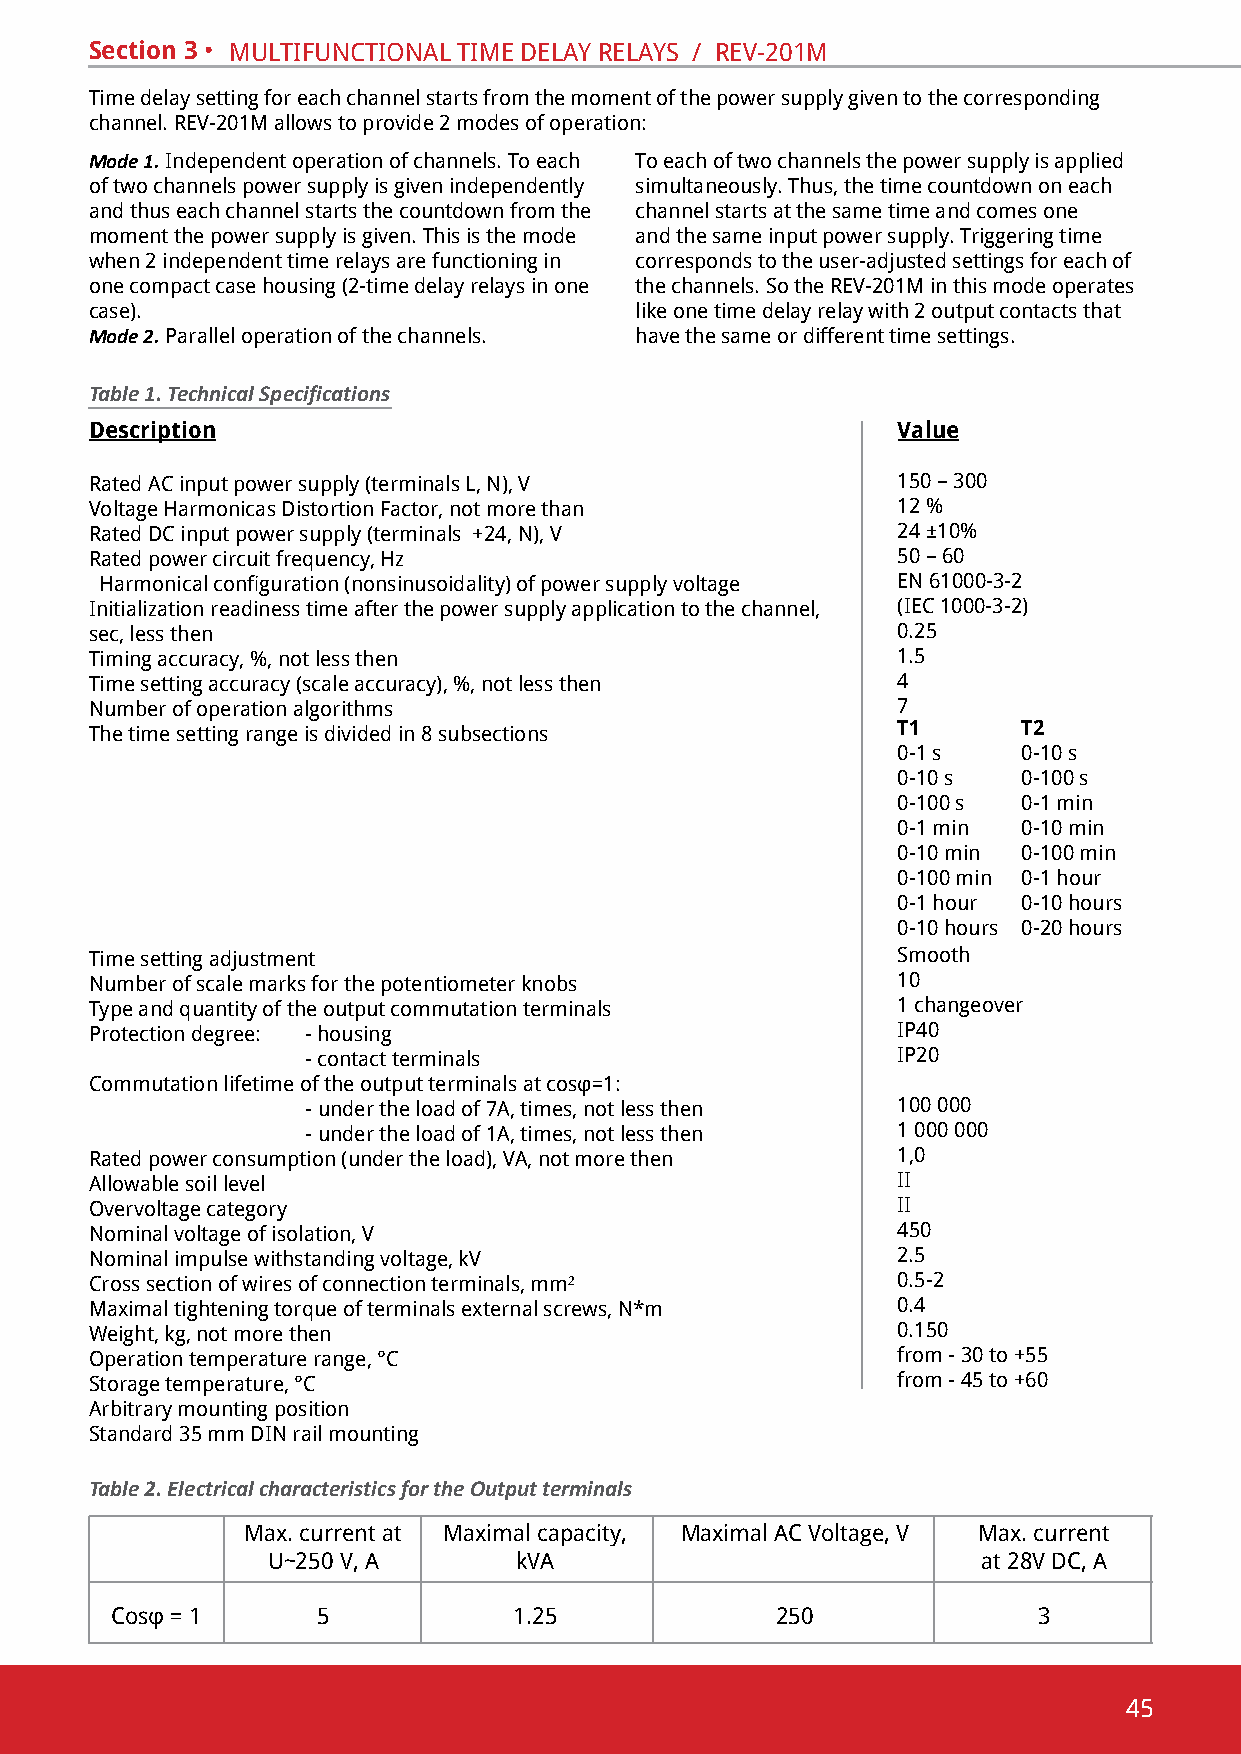
Section 3 • multifunctional time delaY RelaYs / Rev-201m
 time delay setting for each channel starts from the moment of the power supply given to the corresponding
 channel. Rev-201m allows to provide 2 modes of operation:
 Mode 1. independent operation of channels. to each to each of two channels the power supply is applied
 of two channels power supply is given independently simultaneously. thus, the time countdown on each
 and thus each channel starts the countdown from the channel starts at the same time and comes one
 moment the power supply is given. this is the mode and the same input power supply. triggering time
 when 2 independent time relays are functioning in corresponds to the user-adjusted settings for each of
 one compact case housing (2-time delay relays in one the channels. so the Rev-201m in this mode operates
 case).                              like one time delay relay with 2 output contacts that
 Mode 2. parallel operation of the channels. have the same or different time settings.
 Table 1. Technical Specifications
 Description                                          Value
 Rated ac input power supply (terminals l, n), v      150 – 300
 voltage harmonicas distortion factor, not more than  12 %
 Rated dc input power supply (terminals +24, n), v    24 ±10%
 Rated power circuit frequency, hz                    50 – 60
 Harmonical configuration (nonsinusoidality) of power supply voltage en 61000-3-2
 initialization readiness time after the power supply application to the channel, (iec 1000-3-2)
 sec, less then                                       0.25
 timing accuracy, %, not less then                    1.5
 time setting accuracy (scale accuracy), %, not less then 4
 number of operation algorithms                       7
 the time setting range is divided in 8 subsections   T1       T2
 0-1 s    0-10 s
 0-10 s   0-100 s
 0-100 s  0-1 min
 0-1 min  0-10 min
 0-10 min 0-100 min
 0-100 min 0-1 hour
 0-1 hour 0-10 hours
 0-10 hours 0-20 hours
 time setting adjustment                              smooth
 number of scale marks for the potentiometer knobs    10
 type and quantity of the output commutation terminals 1 changeover
 protection degree: - housing                         ІР40
 - contact terminals                    ІР20
 Commutation lifetime of the output terminals at cosφ=1:
 - under the load of 7А, times, not less then 100 000
 - under the load of 1А, times, not less then 1 000 000
 Rated power consumption (under the load), va, not more then 1,0
 allowable soil level                                 ii
 overvoltage category                                 ii
 nominal voltage of isolation, v                      450
 nominal impulse withstanding voltage, kv             2.5
 cross section of wires of connection terminals, mm²  0.5-2
 Maximal tightening torque of terminals external screws, N*m 0.4
 Weight, kg, not more then                            0.150
 Operation temperature range, °С                      from - 30 to +55
 Storage temperature, °С                              from - 45 to +60
 arbitrary mounting position
 standard 35 mm din rail mounting
 Table 2. Electrical characteristics for the Output terminals
 Max. current at Maximal capacity, Maximal AC Voltage, V Max. current
 u~250 v, a      kva                            at 28v dc, a
 Cosφ = 1      5            1.25             250               3
 45